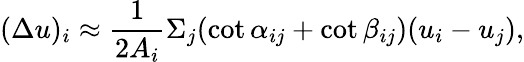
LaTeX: (\Delta u)_{i}\approx{\frac{1}{2A_{i}}}\Sigma_{j}(\cot\alpha_{ij}+\cot\beta_{ij})(u_{i}-u_{j}),